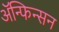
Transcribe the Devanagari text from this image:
ॲन्फिन्सन